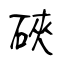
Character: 硤